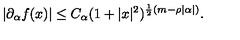
| \partial _ { \alpha } f ( x ) | \le C _ { \alpha } ( 1 + | x | ^ { 2 } ) ^ { \frac { 1 } { 2 } ( m - \rho | \alpha | ) } .